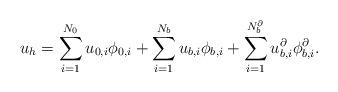
LaTeX: \begin{align*}u_h = \sum_{i=1}^{N_0} u_{0,i} \phi_{0,i} + \sum_{i=1}^{N_b} u_{b,i} \phi_{b,i}+ \sum_{i=1}^{N_b^{\partial}} u_{b,i}^{\partial} \phi_{b,i}^{\partial}.\end{align*}